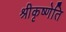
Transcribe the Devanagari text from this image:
श्रीकृष्णेति